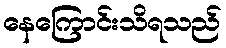
နေကြောင်းသိရသည်